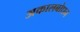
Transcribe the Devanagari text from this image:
अकालबोधन